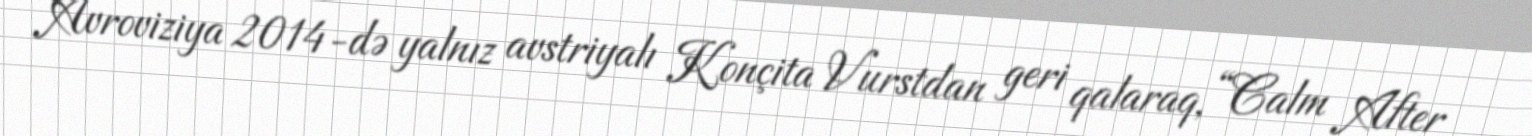
Avroviziya 2014-də yalnız avstriyalı Konçita Vurstdan geri qalaraq, “Calm After